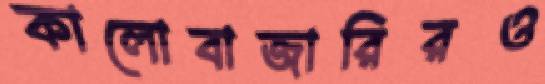
কালোবাজারিরও